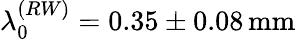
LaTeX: \lambda_{0}^{(RW)}=0.35\pm 0.08\, \mathrm{mm}